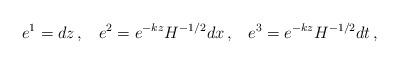
LaTeX: \begin{align*}e^1=dz \,,\;\;\; e^2=e^{-kz}H^{-1/2}dx \,,\;\;\; e^3=e^{-kz}H^{-1/2}dt \,,\end{align*}